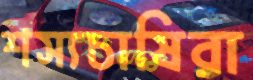
শস্যচাষিরা